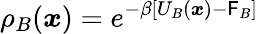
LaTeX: \rho_{B}({\boldsymbol{x}})=e^{-\beta[U_{B}({\boldsymbol{x}})-\mathsf{F}_{B}]}